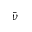
\bar { \nu }